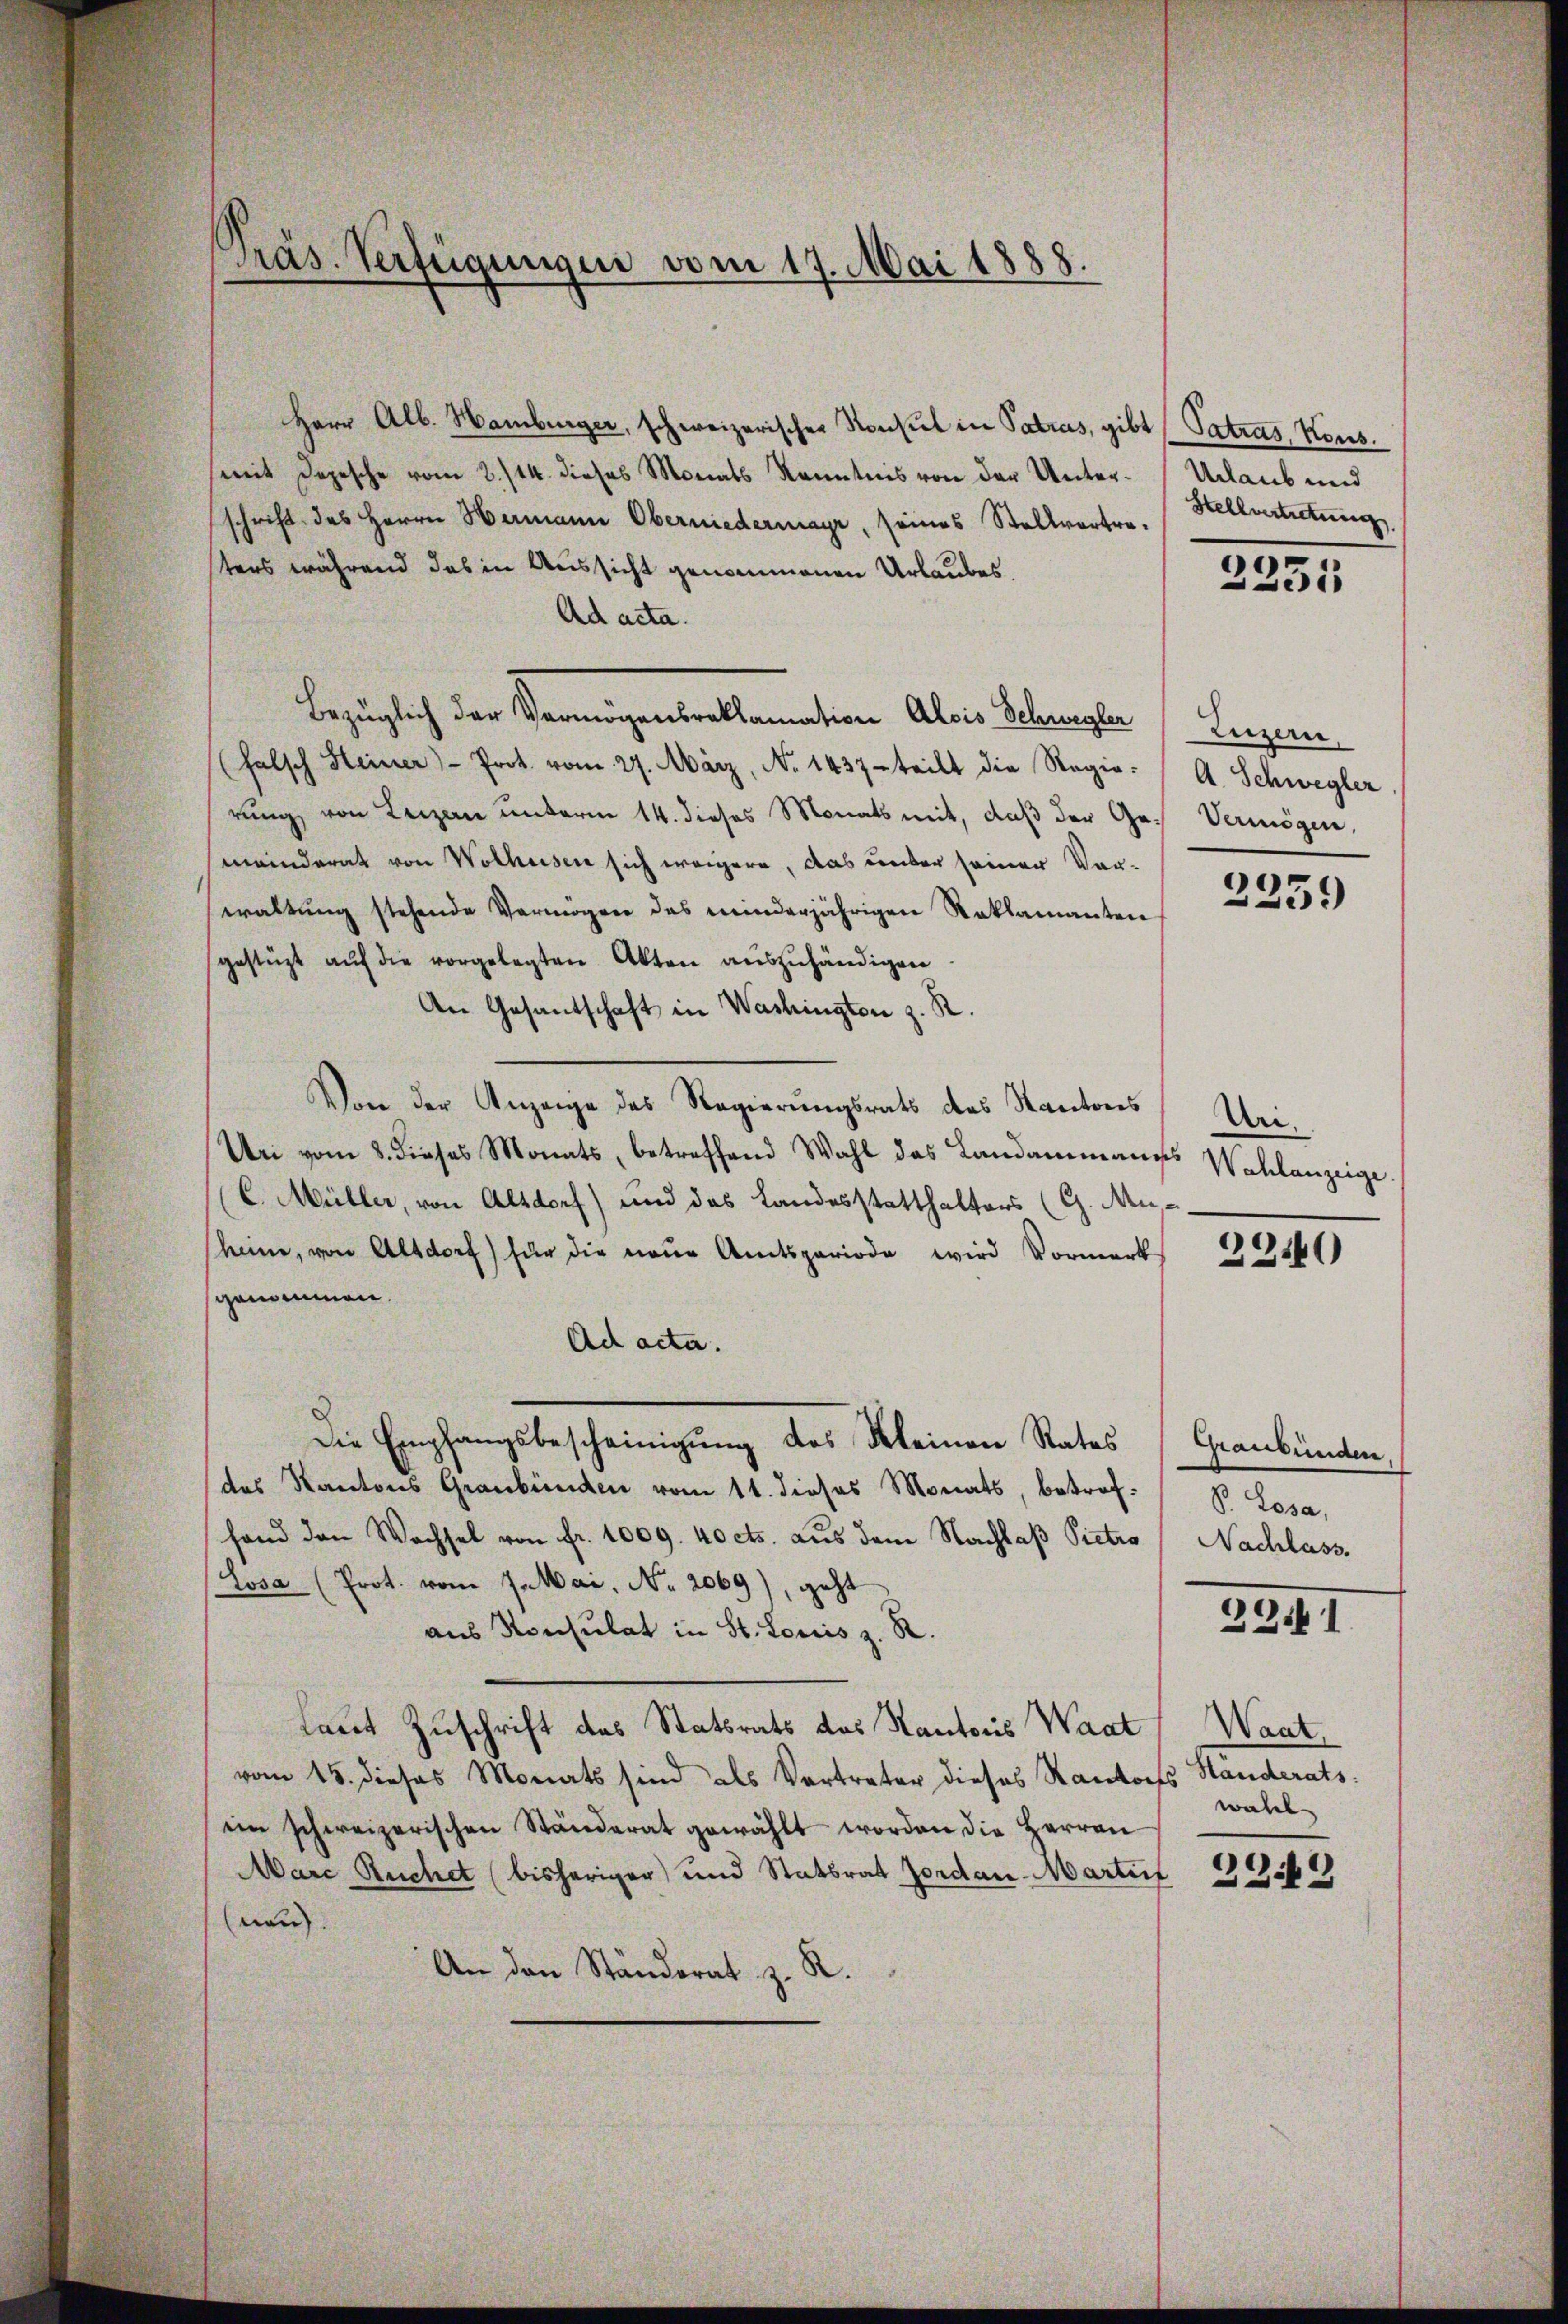
Präs. Verfügungen vom 17. Mai 1888.

Herr Alb. Hamburger, schweizerischer Konsul in Patros, gibt (Patros, Kons.
mit Depesche vom 2./14. dieses Monats Kenntnis von der Unter-Urlaub und
schrift des Herrn Hermann Oberniedermayr, seines Stellvertreters während das in Aussicht genommenen Urlaubes
Ad acta.
Bezüglich der Vermögensroklamation Alois Schwegler
(falsch Heiner Prot. vom 27. März, No 1437. teilt die Regie-
rung von Leizen unterm 14. dieses Monats mit, daβ der Ge- Vermögen,
meinderat von Wolhusen sich weigere, das unter seiner Vorwaltŭng stehende Vermögen das meinderjährigen Reklamanten
gestüzt aŭf die vorgelegten Akten auszuhändigen
An Gesantschaft in Washingten z. R.
Von der Anzeige das Regierungsrats des Kantons
Un vom 8. dieses Monats, betreffend Wahl das Landammannss
C. Müller, von Altdorf) und das Landesstatthalters (G. Mukeine, von Altdorf) für die neue Amtsperiode wird Vormerks
genommen.
Ad acta.
Die Empfangsbescheinigung des Kleinen Rates
des Kantons Graubünden vom 11. dieses Monats, betroffand den Wechsel von fr. 1009. 40 cts. aus dem Nachlaß Pietro
Losa (Prot. vom 7. Mai, No. 2069), geht
aus Konsulat in St. Louis z. R.
Laut Zuschrift des Statsrats des Kantons Waat/Waat,
vom 15. dieses Monats sind als Vertreter dieses Randorfs Handerats:
im schweizerischen Ständerat gewählt worden die Herren
Marc Ruchet (bisheriger und Stattrat Jordan-Martief
nau.
An den Ständerat z. R.

Stellvertretung

2251

Eurzere
A. Schwegler

2259

Uri.
Wahlanzeige.

2340

Graubünden
P. Losa,
Nachlass.

33. 1

wahl

3942